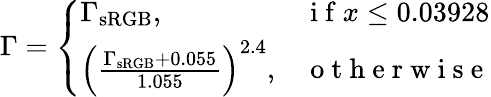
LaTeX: \Gamma=\left\{ \begin{array}{ll}{\Gamma_{\mathrm{sRGB}},}&{\mathrm{~i~f~}x\leq 0.03928}\\ {\left(\frac{\Gamma_{\mathrm{sRGB}}+0.055}{1.055}\right)^{2.4},}&{\mathrm{~o~t~h~e~r~w~i~s~e~}}\end{array}\right.